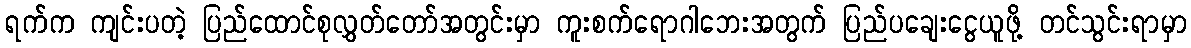
ရက်က ကျင်းပတဲ့ ပြည်ထောင်စုလွှတ်တော်အတွင်းမှာ ကူးစက်ရောဂါဘေးအတွက် ပြည်ပချေးငွေယူဖို့ တင်သွင်းရာမှာ